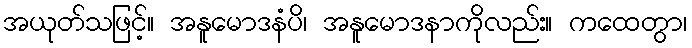
အယုတ်သဖြင့်။ အနူမောဒနံပိ၊ အနူမောဒနာကိုလည်း။ ကထေတွာ၊